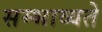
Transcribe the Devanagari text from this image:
सम्भाव्यते